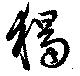
独